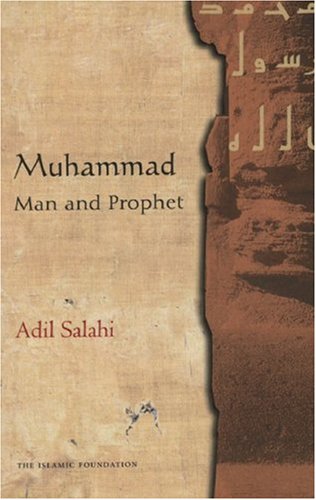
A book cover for Muhammad: Man and Prophet; Adil Salahi; Religion & Spirituality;